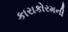
કારાકોરમની